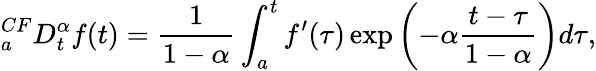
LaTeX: _{a}^{CF}D_{t}^{\alpha}f(t)={\frac{1}{1-\alpha}}\int_{a}^{t}f^{\prime}(\tau)\exp\left(-\alpha{\frac{t-\tau}{1-\alpha}}\right)d\tau,